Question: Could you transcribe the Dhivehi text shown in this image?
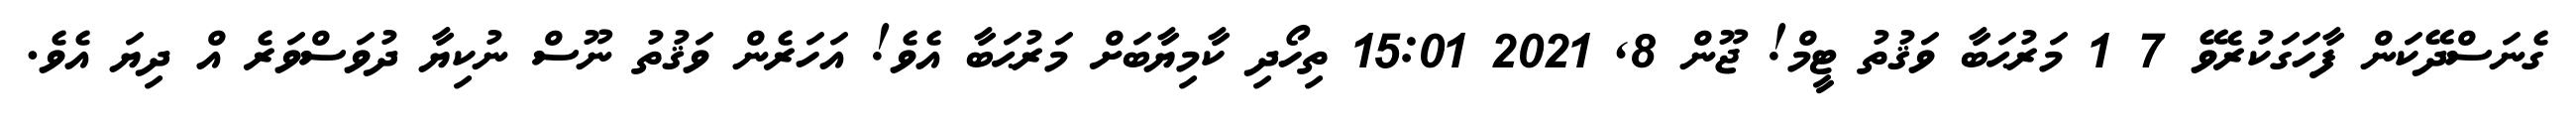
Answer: ގެނަސްދޭކަން ފާހަގަކުރެވޭ 7 1 މަރުޙަބާ ވަޤުތު ޓީމް! ޖޫން 8, 2021 15:01 ތިހޯދި ކާމިޔާބަށް މަރުޙަބާ އެވެ! އަހަރެން ވަޤުތު ނޫސް ނުކިޔާ ދުވަސްވަރެ އް ދިޔަ އެވެ.